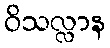
ဝိသလ္လာန